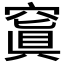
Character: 𥧑